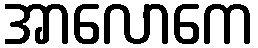
အာလောကေ